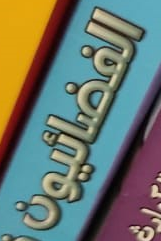
الفضائيون